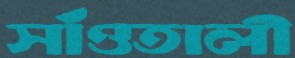
সাঁওতালী